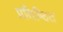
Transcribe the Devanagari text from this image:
प्रतिष्‍ठित